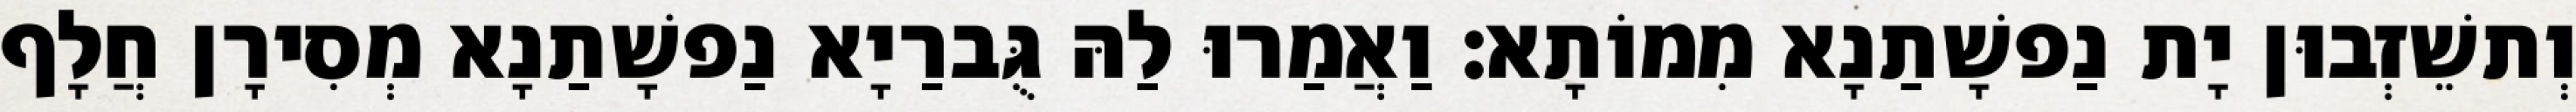
וְתשֵׁזְבוּן יָת נַפשָׁתַנָא מִמוֹתָא׃ וַאֲמַרוּ לַהּ גֻּברַיָא נַפשָׁתַנָא מְסִירָן חֲלָף